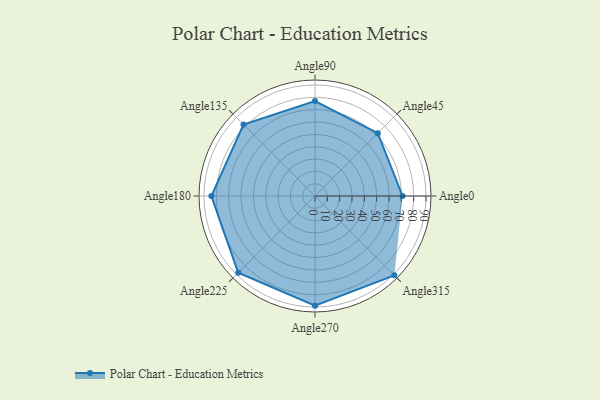
{"axis": {"x": "Angle", "y": "Radius"}, "legend": [""], "data": [{"x": "Angle0", "y": 71.0, "type": ""}, {"x": "Angle45", "y": 72.0, "type": ""}, {"x": "Angle90", "y": 77.0, "type": ""}, {"x": "Angle135", "y": 82.0, "type": ""}, {"x": "Angle180", "y": 84.0, "type": ""}, {"x": "Angle225", "y": 88.0, "type": ""}, {"x": "Angle270", "y": 89.0, "type": ""}, {"x": "Angle315", "y": 91.0, "type": ""}]}